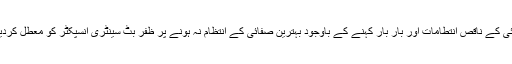
کھاریاں(جی پی آئی) ACمیاں اقبال مظہرنے گذشتہ روز لالہ موسیٰ میں صفائی کے ناقص انتطامات اور بار بار کہنے کے باوجود بہترین صفائی کے انتظام نہ ہونے پر ظفر بٹ سینٹری انسپکٹر کو معطل کردیا جبکہ ان کی جگہ پرراجہ یاسر کو سینٹری انسپکٹر کا اضافی چارج دیدیاہے۔